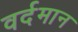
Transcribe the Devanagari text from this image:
वर्दमान